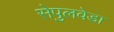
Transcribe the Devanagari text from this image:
सेपुलवेडा